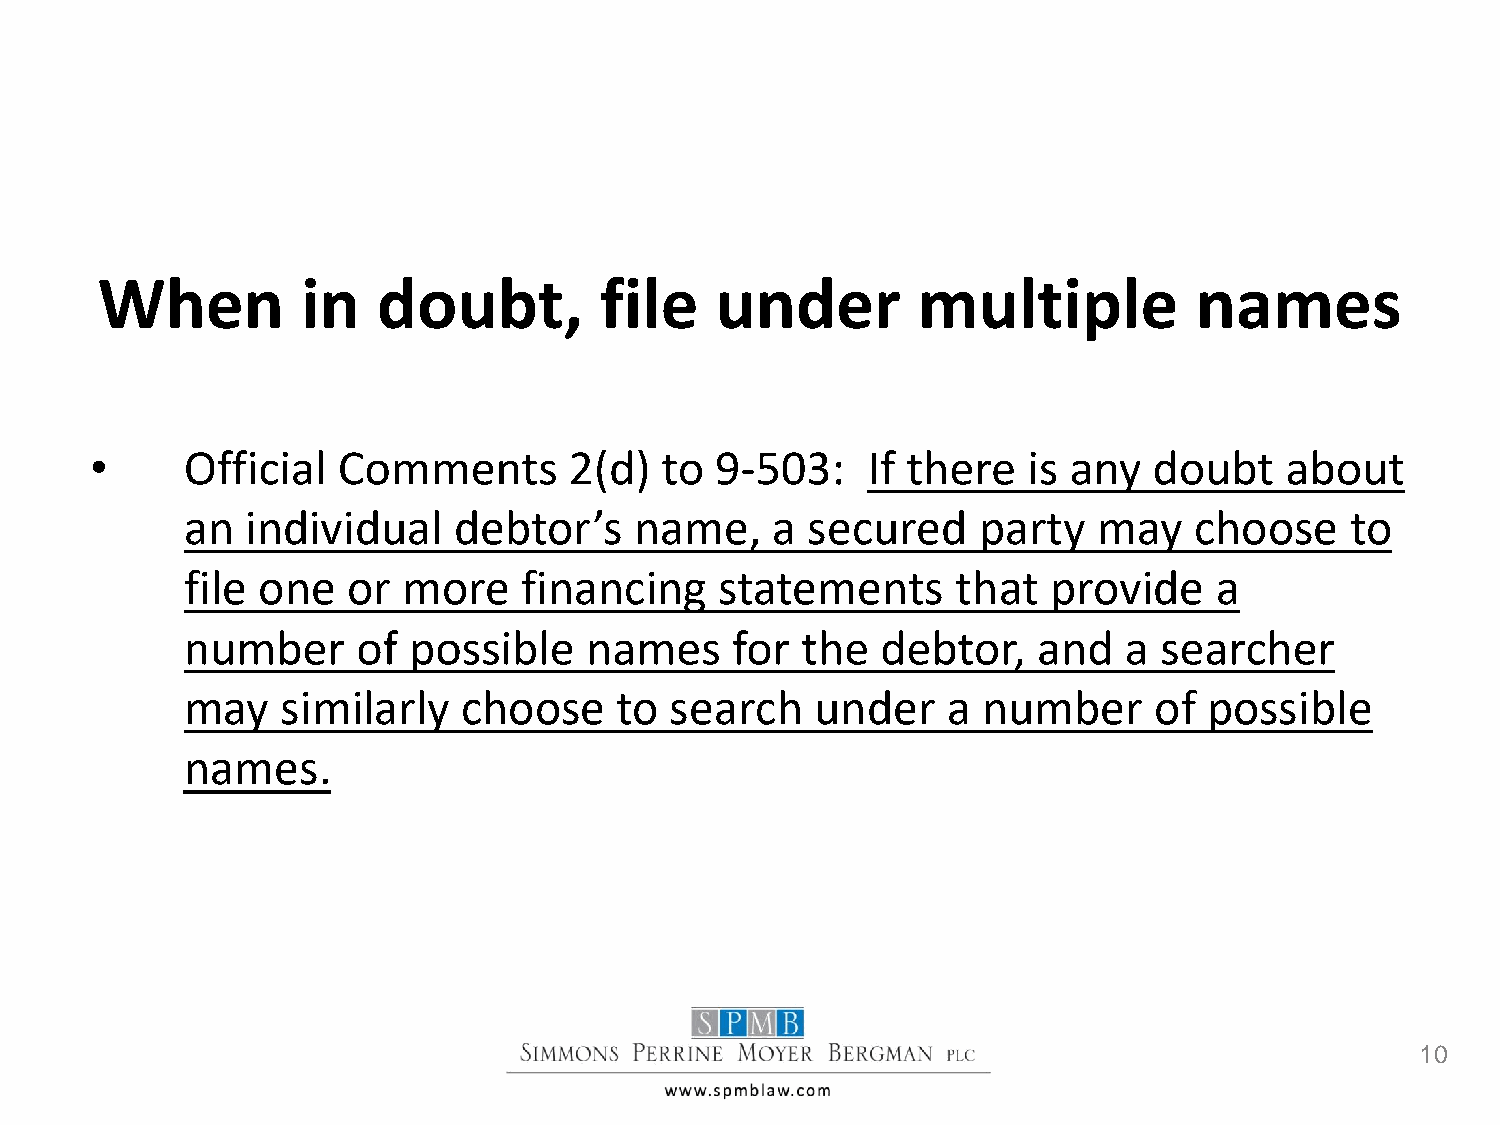
When          in   doubt,         file   under         multiple          names
 •     Official  Comments        2(d)  to 9-503:    If there   is any  doubt    about
 an  individual    debtor’s    name,    a secured     party   may   choose    to
 file one   or  more   financing     statements     that   provide   a
 number      of possible    names    for  the  debtor,    and  a  searcher
 may    similarly   choose    to search    under    a number     of  possible
 names.
 10